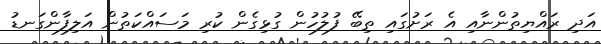
އަދި ރައްޔިތުންނާއި އެ ރަށުގައި ތިބޭ ފުލުހުން ގުޅިގެން ކުރި މަސައްކަތުން އަލިފާންގަނޑު